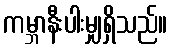
ကမ္ဘာနီးပါးမျှရှိသည်။